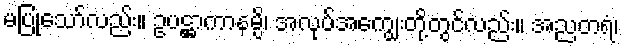
မပြုသော်လည်း။ ဥပဋ္ဌာကာနမ္ပိ၊ အလုပ်အကျွေးတို့တွင်လည်း။ အညတရံ၊